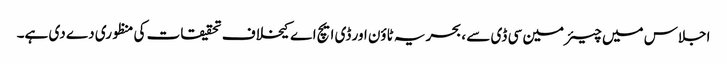
اجلاس میں چیئرمین سی ڈی سے ، بحریہ ٹاؤن اور ڈی ایچ اے کیخلاف تحقیقات کی منظوری دے دی ہے۔